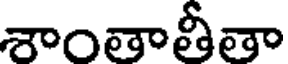
శాంతాతీతా